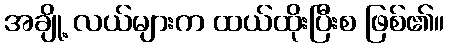
အချို့ လယ်များက ထယ်ထိုးပြီးစ ဖြစ်၏။